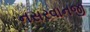
નસરવાનજી